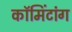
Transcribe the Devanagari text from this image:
कॉमिंटांग